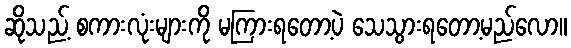
ဆိုသည့် စကားလုံးများကို မကြားရတော့ပဲ သေသွားရတော့မည်လော။